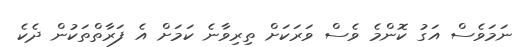
ނަމަވެސް އަގު ކޮންމެ ވެސް ވަރަކަށް ތިރިވާނެ ކަމަށް އެ ފަރާތްތަކުން ދެކެ